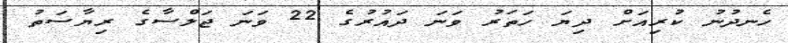
ހެނދުނު ކުރިއަށް ދިޔަ ހަތަރު ވަނަ ދައުރުގެ 22 ވަނަ ޖަލްސާގެ ރިޔާސަތު